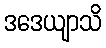
ဒဒေယျာသိ